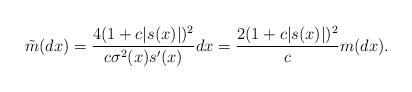
LaTeX: \begin{align*}\tilde{m}(dx)=\frac{4(1+c|s(x)|)^2}{c\sigma^2(x)s'(x)}dx=\frac{2(1+c|s(x)|)^2}{c}m(dx).\end{align*}